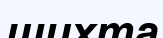
шихта